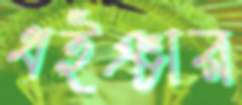
ধইঞ্চার